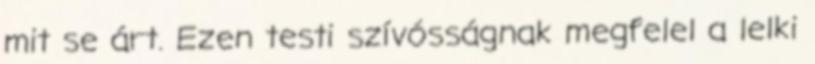
mit se árt. Ezen testi szívósságnak megfelel a lelki